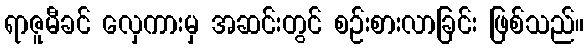
ရာဇူမီခင် လှေကားမှ အဆင်းတွင် စဉ်းစားလာခြင်း ဖြစ်သည်။